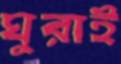
ঘুরাই